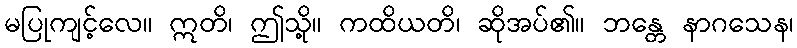
မပြုကျင့်လေ။ ဣတိ၊ ဤသို့။ ကထိယတိ၊ ဆိုအပ်၏။ ဘန္တေ နာဂသေန၊